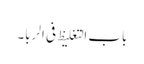
باب التغلیظ فی الربا۔